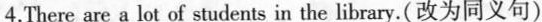
4.There are a lot of students in the library.(改为同义句)